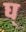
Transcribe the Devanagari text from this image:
घ्‌